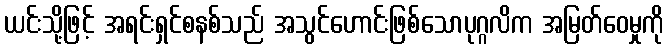
ယင်းသို့ဖြင့် အရင်းရှင်စနစ်သည် အသွင်ဟောင်းဖြစ်သောပုဂ္ဂလိက အမြတ်ဝေမှုကို